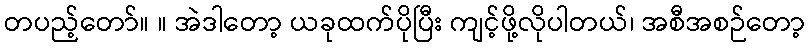
တပည့်တော်။ ။ အဲဒါတော့ ယခုထက်ပိုပြီး ကျင့်ဖို့လိုပါတယ်၊ အစီအစဉ်တော့